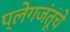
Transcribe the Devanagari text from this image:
प्लेगजंतूंचे